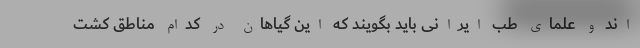
اند و علمای طب ایرانی باید بگویند که این گیاهان در کدام مناطق کشت